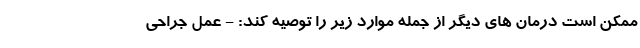
ممکن است درمان های دیگر از جمله موارد زیر را توصیه کند: - عمل جراحی